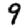
Digit: 9